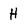
Character: H